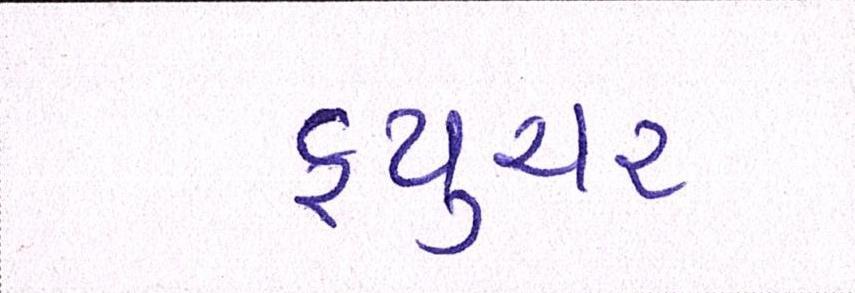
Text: ફ્યુચર